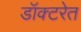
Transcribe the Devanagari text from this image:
डॉक्टरेत